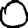
Digit: 0